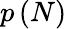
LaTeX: p\left(N\right)